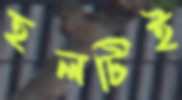
হলটিই